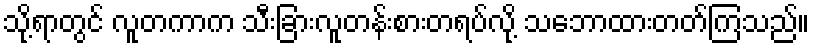
သို့ရာတွင် လူတကာက သီးခြားလူတန်းစားတရပ်လို့ သဘောထားတတ်ကြသည်။